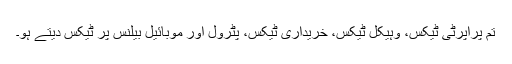
تم پراپرٹی ٹیکس، وہیکل ٹیکس، خریداری ٹیکس، پٹرول اور موبائیل بیلنس پر ٹیکس دیتے ہو۔